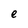
Character: e